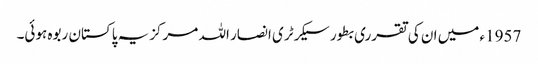
1957ء میں ان کی تقرری بطور سیکرٹری انصار اللہ مرکزیہ پاکستان ربوہ ہوئی۔